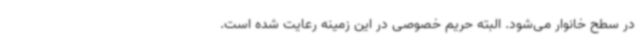
در سطح خانوار می‌شود. البته حریم خصوصی در این زمینه رعایت شده است.